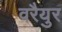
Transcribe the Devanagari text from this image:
वरैयुर